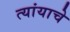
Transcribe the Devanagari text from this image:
त्यांयाचे